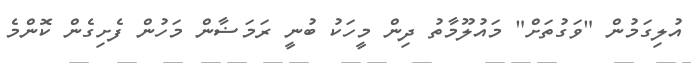
އުލިގަމުން "ވަގުތަށް" މައުލޫމާތު ދިން މީހަކު ބުނީ ރަމަޟާން މަހުން ފެށިގެން ކޮންމެ